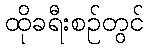
ထိုခရီးစဉ်တွင်